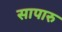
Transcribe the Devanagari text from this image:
सापारु